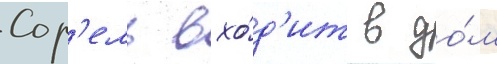
Сор'ель вхо́д'ит в до́м